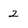
Character: 2